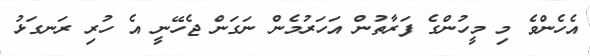
އެހެންވެ މި މީހުންގެ ފަރާތުން އަހަރުމެން ނަގަން ޖެހޭނީ އެ ހުރި ރަނގަޅު